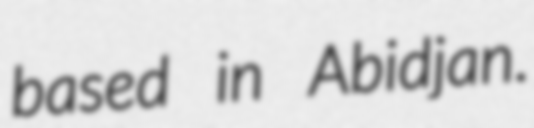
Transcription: based in Abidjan.